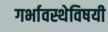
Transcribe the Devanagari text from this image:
गर्भावस्थेविषयी